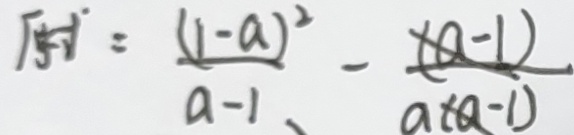
= \frac { ( 1 - a ) ^ { 2 } } { a - 1 }